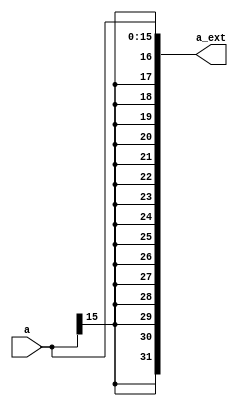
// AD first attempt at sign extender.  Needs to take the sign of the msb and extend to 32 bits from 16.

`timescale 1ns/10ps

module sign_ext(a, a_ext);
   input [15:0] a;
   output wire [31:0] a_ext; // need wire?

   assign a_ext[15:0] = a[15:0];
   assign a_ext[31:16] = {16{a[15]}}; // I think this is it...too simple?  Clocking?

endmodule // sign_ext